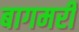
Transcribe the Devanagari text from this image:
बागमरी